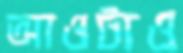
আওটাও